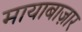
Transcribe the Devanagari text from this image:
मायाबाज़ार